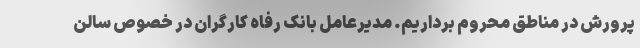
پرورش در مناطق محروم برداریم. مدیرعامل بانک رفاه کارگران در خصوص سالن